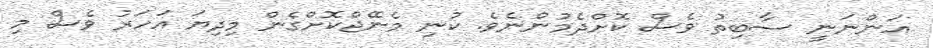
އަންނަނީ ސާބިތު ވެސް ކޮށްދެމުންނެވެ. ކުނި މެނޭޖްކޮށްގެން މިދިޔަ އަހަރު ވެސް މި